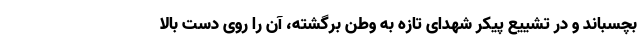
بچسباند و در تشییع پیکر شهدای تازه به وطن برگشته، آن را روی دست بالا